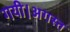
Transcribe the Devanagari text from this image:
गयी।अगस्त